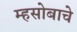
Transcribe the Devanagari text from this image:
म्हसोबाचे